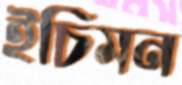
ইচিমন